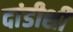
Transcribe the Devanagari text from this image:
दांडीशी